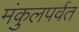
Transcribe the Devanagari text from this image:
मंकुलपर्वत